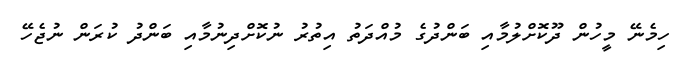
ހިމެނޭ މީހުން ދޫކޮށްލުމާއި ބަންދުގެ މުއްދަތު އިތުރު ނުކޮށްދިނުމާއި ބަންދު ކުރަން ނުޖެހޭ